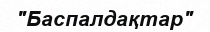
"Баспалдақтар"